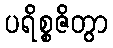
ပရိစ္စဇိတွာ